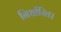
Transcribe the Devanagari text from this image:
निर्धारित।